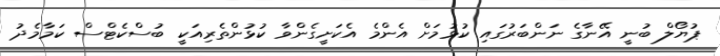
ޕުޔޯލް ބުނީ އޭނާގެ ނަންބަރުގައި ކުޅުމަށް އެންމެ އެކަށީގެންވާ ކުޅުންތެރިއަކީ ބުސްކެޓްސް ކަމާމެދު